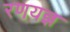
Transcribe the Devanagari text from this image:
रणयज्ञ